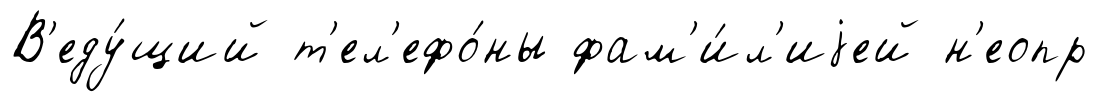
В'еду́щий т'ел'ефо́ны фам'и́л'иjей н'еопр